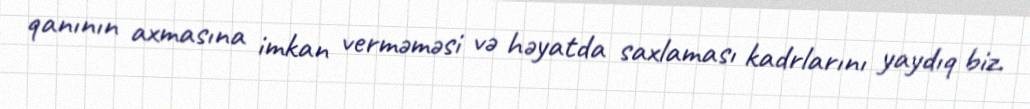
qanının axmasına imkan verməməsi və həyatda saxlaması kadrlarını yaydıq biz.